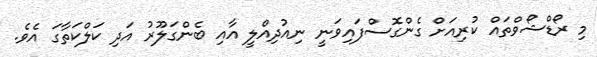
މި ރޯޑްޝޯވްތައް ކުރިއަށް ގެންގޮސްފައިވަނީ ނިއުދިއްލީ އާއި ބެންގަލޫރު އަދި ކަލްކަތާގަ އެވެ.